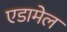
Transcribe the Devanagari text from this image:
एडामेल